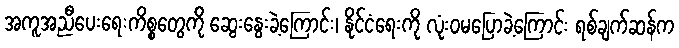
အကူအညီပေးရေးကိစ္စတွေကို ဆွေးနွေးခဲ့ကြောင်း၊ နိုင်ငံရေးကို လုံးဝမပြောခဲ့ကြောင်း ရစ်ချက်ဆန်က